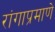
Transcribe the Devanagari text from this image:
रांगाप्रमाणे